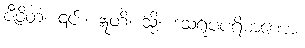
ဇီဝိတံ၊ ၎င်း။ ဣတိ၊ သို့။ ဒသရူပပရိမာဏော၊